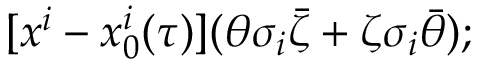
[ x ^ { i } - x _ { 0 } ^ { i } ( \tau ) ] ( \theta \sigma _ { i } \bar { \zeta } + \zeta \sigma _ { i } \bar { \theta } ) ;